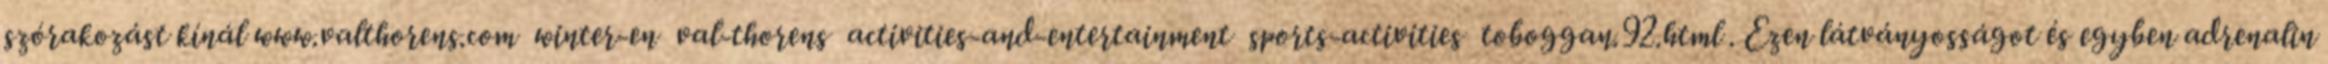
szórakozást kínál www.valthorens.com winter-en val-thorens activities-and-entertainment sports-activities toboggan.92.html . Ezen látványosságot és egyben adrenalin